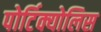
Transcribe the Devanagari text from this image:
पोर्टिक्योलिस